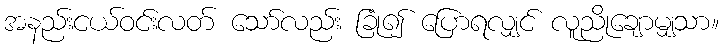
အနည်းငယ်ဝင်းလတ် သော်လည်း ခြုံ၍ ပြောရလျှင် လူညိုချောမျှသာ။